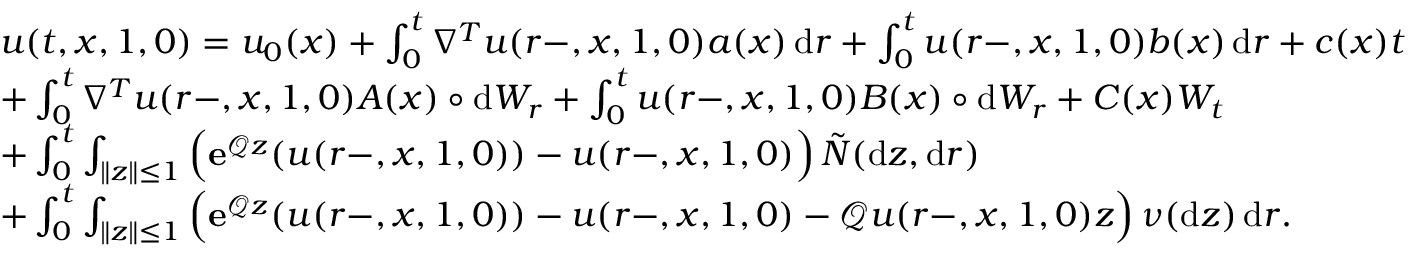
\begin{array} { r l } & { u ( t , x , 1 , 0 ) = u _ { 0 } ( x ) + \int _ { 0 } ^ { t } \nabla ^ { T } u ( r - , x , 1 , 0 ) a ( x ) \, \mathrm { d } r + \int _ { 0 } ^ { t } u ( r - , x , 1 , 0 ) b ( x ) \, \mathrm { d } r + c ( x ) t } \\ & { + \int _ { 0 } ^ { t } \nabla ^ { T } u ( r - , x , 1 , 0 ) A ( x ) \circ \mathrm { d } W _ { r } + \int _ { 0 } ^ { t } u ( r - , x , 1 , 0 ) B ( x ) \circ \mathrm { d } W _ { r } + C ( x ) W _ { t } } \\ & { + \int _ { 0 } ^ { t } \int _ { \| z \| \leq 1 } \Big ( \mathbf { e } ^ { \mathcal { Q } z } ( u ( r - , x , 1 , 0 ) ) - u ( r - , x , 1 , 0 ) \Big ) \, \tilde { N } ( \mathrm { d } z , \mathrm { d } r ) } \\ & { + \int _ { 0 } ^ { t } \int _ { \| z \| \leq 1 } \Big ( \mathbf { e } ^ { \mathcal { Q } z } ( u ( r - , x , 1 , 0 ) ) - u ( r - , x , 1 , 0 ) - \mathcal { Q } u ( r - , x , 1 , 0 ) z \Big ) \, \nu ( \mathrm { d } z ) \, \mathrm { d } r . } \end{array}